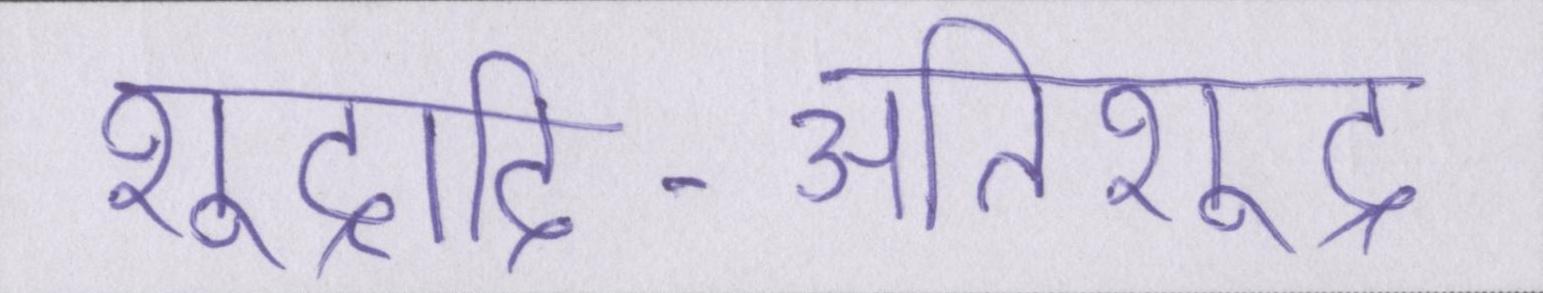
शूद्रादि-अतिशूद्र